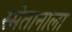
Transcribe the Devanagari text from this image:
स्मेतानाला